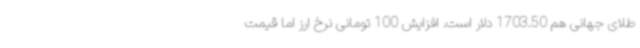
طلای جهانی هم 1703.50 دلار است. افزایش 100 تومانی نرخ ارز اما قیمت